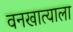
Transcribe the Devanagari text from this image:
वनखात्याला